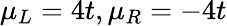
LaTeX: \mu_{L}=4t,\mu_{R}=-4t